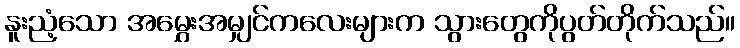
နူးညံ့သော အမွှေးအမျှင်ကလေးများက သွားတွေကိုပွတ်တိုက်သည်။